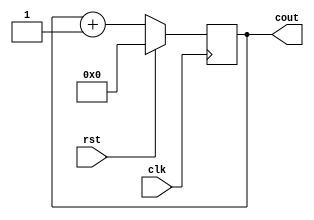
module counter (clk, rst, cout);
	parameter bit_len = 5;  // This is taken care of by comparator.v
	input wire clk, rst;
	output reg [bit_len - 1:0] cout;
	
	always @ (posedge clk)
	begin
		if(rst == 1'b1)
			cout <= 0;
		else begin
			cout <= cout + 1;
		end
	end
endmodule